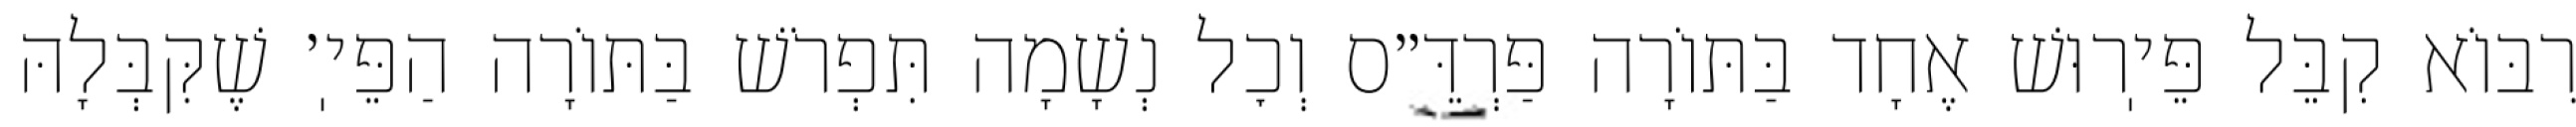
רִבּוֹא קִבֵּל פֵּיֽרוּשׁ אֶחָד בַּתּוֹרָה פַּרְדֵּ״ס וְכׇל נְשָׁמָה תִּפְרֹשׁ בַּתּוֹרָה הַפֵּיֽ׳ שֶׁקִּבְּלָהּ